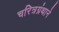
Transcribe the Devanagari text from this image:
चरित्रग्रंथाने